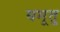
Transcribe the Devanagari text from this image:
यमूतु